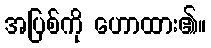
အပြစ်ကို ဟောထား၏။